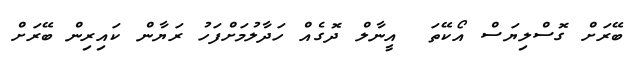
ބޭރަށް ގޮސްލިޔަސް އޯކޭތަ  އީނާލް ދޮގެއް ހަދާލުމަށްފަހު ރަޔާން ކައިރިން ބޭރަށް